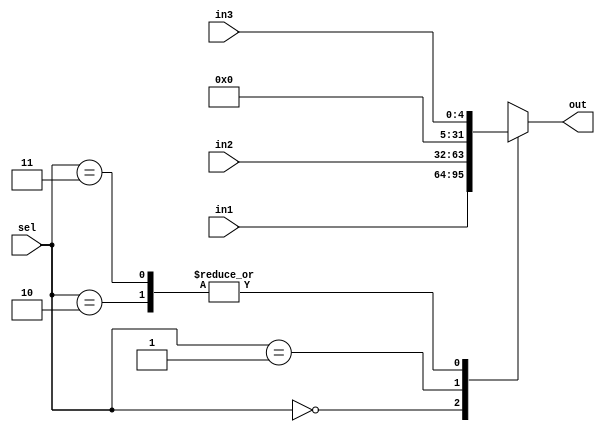
module mux_3in(
input [1:0]sel ,
input[31:0]in1,in2,
input [4:0]in3,
output reg[31:0]out
);

always@(*)
  begin
    case(sel)
      2'b00 : out = in1 ;
      2'b01 : out = in2 ;
      2'b10 : out = in3 ;
      2'b11 : out = in3 ;
    endcase
  end
endmodule